Civil Veterinary Dept. Bombay admin report 1907-1913 - 1907-1913
Year: 1907
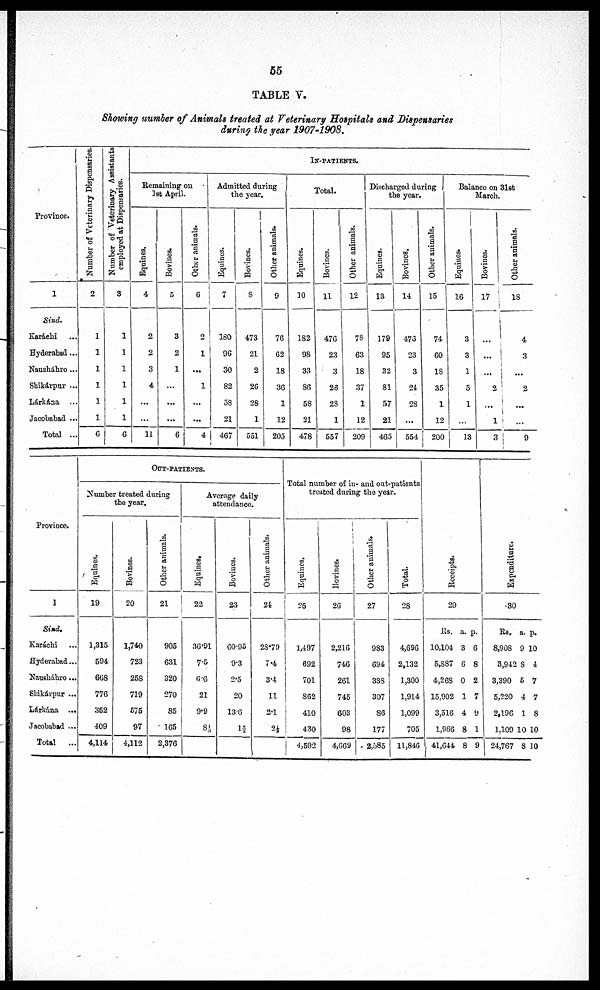
55
TABLE V.
Showing number of Animals treated at Veterinary Hospitals and Dispensaries
during the year 1907-1908.
Province.
1
Sind,
Karáchi ...
Hyderabad ...
Nausháhro ...
Shikárpur ...
Lárkána ...
Jacobabad ...
Total ...
Number of Veterinary Dispensaries,
2
1
1
1
1
1
1
6
Number of Veterinary Assistants
employed at Dispensaries.
3
1
1
1
1
1
1
6
IN-PATIENIS.
Remaining on
1 st April
Equines.
4
2
2
3
4
...
...
11
Bovines.
5
3
2
1
...
...
...
6
Other animals.
6
2
1
...
1
...
...
4
Admitted during
the year.
Equines.
7
180
96
30
82
58
21
467
Bovines.
8
473
21
2
2G
28
1
551
Other animals.
9
76
62
18
36
1
12
205
Total.
Equines.
10
182
98
33
86
5S
21
478
Bovines.
11
476
23
3
26
28
1
| 557
Other animals.
-
78
63
18
37
1
12
209
Discharged during J
the year.
Equines.
13
179
95
32
81
57
21
465
Bovines.
14
473
23
3
24
2S
...
554
Other animals.
15
74
60
18
35
1
12
200
Balance on 31st
March.
Equines.
16
3
3
1
5
1
...
13
Bovines.
17
...
...
...
2
...
1
3
Other animals.
18
4
3
...
2
...
...
9
Province.
1
Sind,
Karachi ...
Hyderabad...
Nausháhro ...
Shikárpur ...
Lárkána ...
Jacobabad ...
Total
...
OUT-PATIENTS.
Number treated during
the year.
Equines.
19
1,315
594
668
776
352
409
4,114
Bovines.
20
1,740
723
258
719
575
97
4,112
Other animals.
21
905
631
320
270
85
165
2,376
Average daily
attendance.
Equines.
22
36.91
7.5
6.6
21
9.9
8 /3
Bovines.
23
60.95
9.3
2.5
20
13.6
1 2/3
Other animals.
24
28.79
7.4
3.4
11
2.1
2½
Total number of in- and out-patients
treated during the year.
Equines,
25
1,497
692
701
862
410
430
4,592
Bovines.
26
2,216
746
261
745
603
98
4,669
Other animals.
27
983
694
338
307
S6
177
2,585
Total.
28
4,696
2,132
1,300
1,914
1,099
705
11,846
Receipts.
29
Rs. a. p.
10,104 3 6
5,S87 6 8
4,268 0 2
15,902 1 7
3,516 4 9
1,966 8 1
41,644 8 9
Expenditure.
■30
Rs. a. p.
8,908 9 10
3,942 8 4
3,390 5 7
5,220 4 7
2,196 1 8
1,109 10 10
24,767 8 10